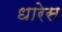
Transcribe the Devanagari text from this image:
धारेस